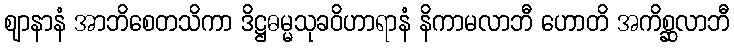
ဈာနာနံ အာဘိစေတသိကာ ဒိဋ္ဌဓမ္မသုခဝိဟာရာနံ နိကာမလာဘီ ဟောတိ အကိစ္ဆလာဘီ